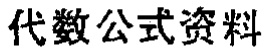
代数公式资料